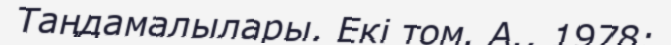
Таңдамалылары. Екі том. А., 1978;